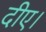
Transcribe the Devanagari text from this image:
दीए।